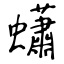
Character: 蠨